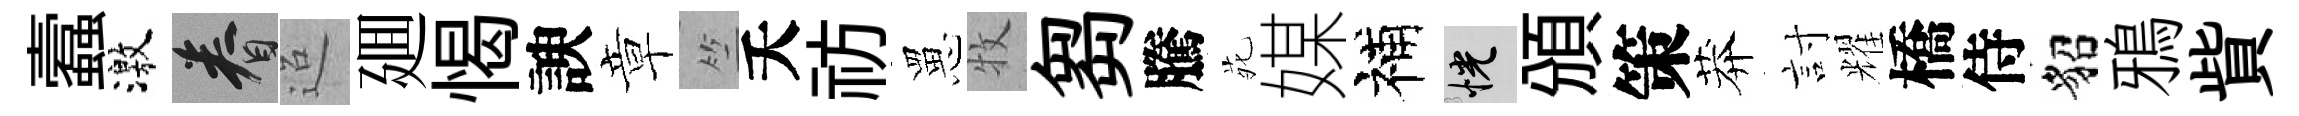
蠧激眷迢廽愒諛章竺夭祊罳牧芻騰𫟍媒補恍頒策莽討耀橋侍貂鴉貲